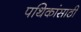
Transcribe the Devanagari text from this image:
पथिकांसाठी